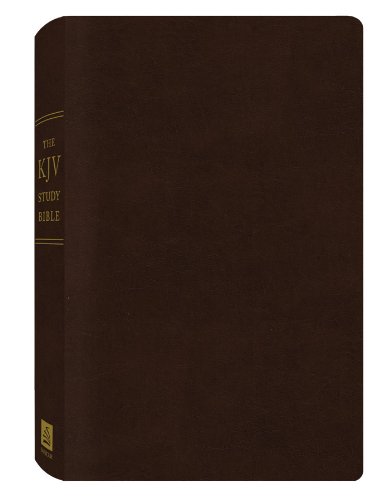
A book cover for The KJV Study Bible (Bonded Leather) (King James Bible); Barbour Publishing; Christian Books & Bibles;